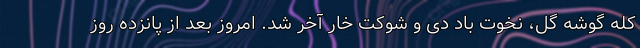
کله گوشه گل، نخوت باد دی و شوکت خار آخر شد. امروز بعد از پانزده روز